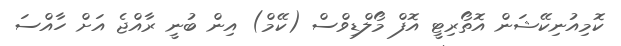
ކޮމިއުނިކޭޝަން އޮތޯރިޓީ އޮފް މޯލްޑިވްސް (ކޭމް) އިން ބުނީ ރާއްޖެ އަށް ހާއްސަ